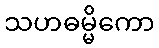
သဟဓမ္မိကော